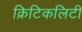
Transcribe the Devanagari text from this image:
क्रिटिकलिटी